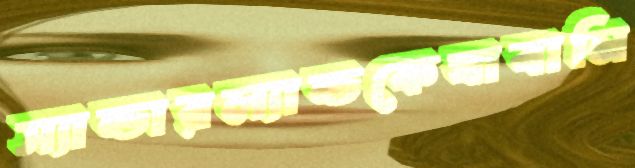
স্যান্ডারল্যান্ডকেযাবানি